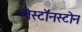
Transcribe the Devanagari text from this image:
लेस्टॉनस्टोन